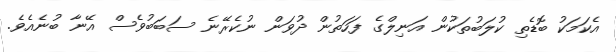
އެކަމަކު ބޮޑެތި ކުލަބުތަކުން އަނިލްގެ ފަހަތުން ދުވަން ނުކެރޭނެ ސަބަބުވެސް އޭނާ ބުނެއެވެ.